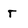
Character: r